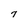
Character: 7